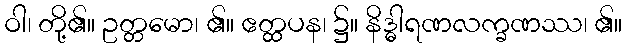
ဝါ၊ တို့၏။ ဥတ္တမော၊ ၏။ ဧတ္ထပန၊ ၌။ နိဒ္ဓါရဏလက္ခဏဿ၊ ၏။